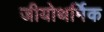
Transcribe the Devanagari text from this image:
जीयोथर्मिक